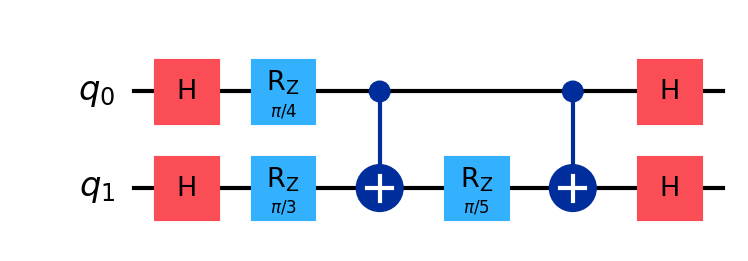
Description: Quantum kernel method circuit
描述: 量子核方法电路
Category: quantum_ml (difficulty: intermediate)
Qubits: 2, circuit depth: 6

Braket implementation:
import math
from braket.circuits import Circuit
circuit = Circuit()
circuit.h(0).h(1)
circuit.rz(0, math.pi / 4).rz(1, math.pi / 3)
circuit.cnot(0, 1).rz(1, math.pi / 5).cnot(0, 1)
circuit.h(0).h(1)